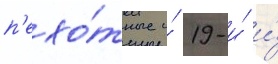
п'ехо́тные и́ 19-и́ и́